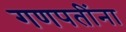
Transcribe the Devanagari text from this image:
गणपतींना